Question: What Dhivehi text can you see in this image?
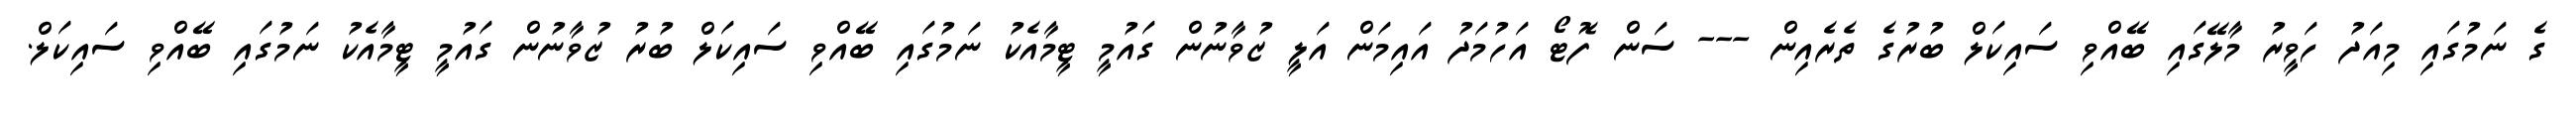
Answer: ގެ ނަމުގައި މިއަދު ހަވީރު މާލޭގައި ބޭއްވި ސައިކަލް ބުރުގެ ތެރެއިން --- ސަން ފޮޓޯ އަހުމަދު އައިމަން އަލީ ޒުވާނުން ގައުމީ ޓީމާއެކު ނަމުގައި ބޭއްވި ސައިކަލް ބުރު ޒުވާނުން ގައުމީ ޓީމާއެކު ނަމުގައި ބޭއްވި ސައިކަލް.